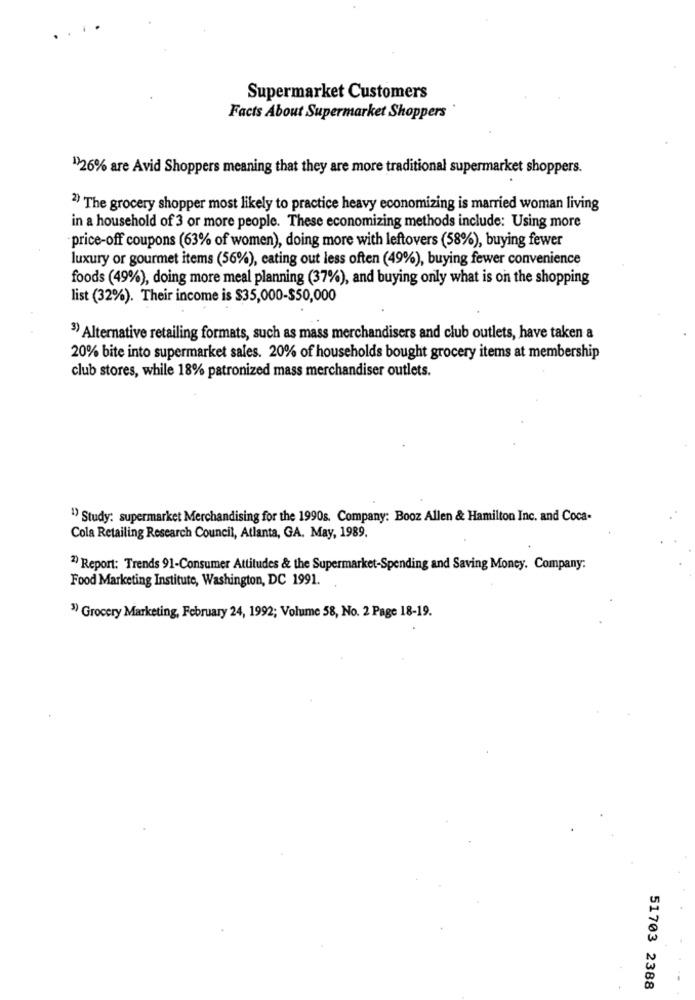
Supermarket Customers
Facts About Supermarket Shoppers
1)26% are Avid Shoppers meaning that they are more traditional supermarket shoppers.
2) The grocery shopper most likely to practice heavy economizing is married woman living
in a household of 3 or more people. These economizing methods include: Using more
price-off coupons (63% of women), doing more with leftovers (58%), buying fewer
luxury or gourmet items (56%), eating out less often (49%), buying fewer convenience
foods (49%), doing more meal planning (37%), and buying only what is on the shopping
list (32%). Their income is $35,000-$50,000
3) Alternative retailing formats, such as mass merchandisers and club outlets, have taken a
20% bite into supermarket sales. 20% of households bought grocery items at membership
club stores, while 18% patronized mass merchandiser outlets.
") Study: supermarket Merchandising for the 1990s. Company: Booz Allen & Hamilton Inc. and Coca-
Cola Retailing Research Council, Atlanta, GA. May, 1989.
2) Report: Trends 91-Consumer Attitudes & the Supermarket-Spending and Saving Money. Company:
Food Marketing Institute, Washington, DC 1991.
3) Grocery Marketing, February 24, 1992; Volume 58, No. 2 Page 18-19.
51703 2388